Plague in India, 1896, 1897 - Volume 2
Year: 1896
Disease focus: Plague
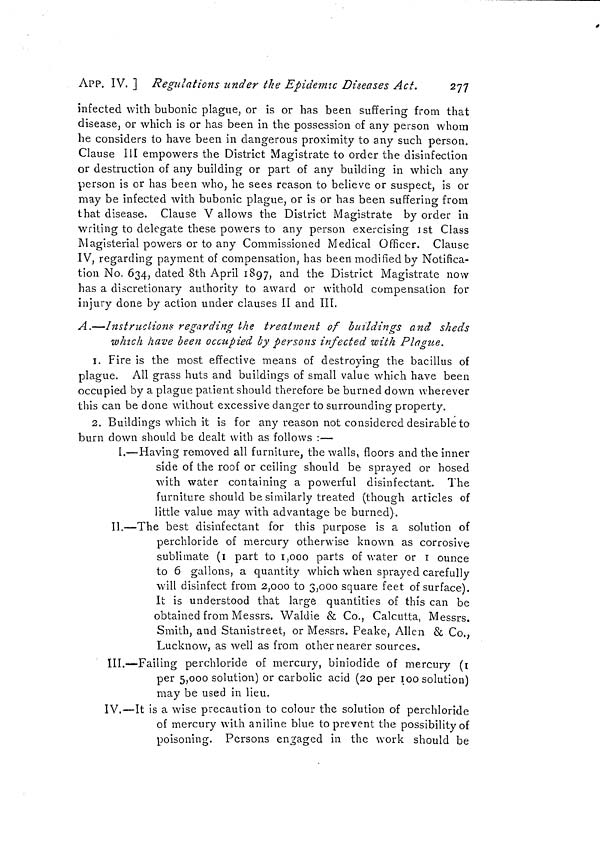
APP. IV. ] Regulations under the Epidemic Diseases Act.
277
infected with bubonic plague, or is or has been suffering from that
disease, or which is or has been in the possession of any person whom
he considers to have been in dangerous proximity to any such person.
Clause III empowers the District Magistrate to order the disinfection
or destruction of any building or part of any building in which any
person is or has been who, he sees reason to believe or suspect, is or
may be infected with bubonic plague, or is or has been suffering from
that disease. Clause V allows the District Magistrate by order in
writing to delegate these powers to any person exercising 1st Class
Magisterial powers or to any Commissioned Medical Officer. Clause
IV, regarding payment of compensation, has been modified by Notifica-
tion No. 634, dated 8th April 1897, and the District Magistrate now
has a discretionary authority to award or withold compensation for
injury done by action under clauses II and III.
A.—Instructions regarding the treatment of buildings and sheds
which have been occupied by persons infected with Plague.
1. Fire is the most effective means of destroying the bacillus of
plague. All grass huts and buildings of small value which have been
occupied by a plague patient should therefore be burned down wherever
this can be done without excessive danger to surrounding property.
2. Buildings which it is for any reason not considered desirable to
burn down should be dealt with as follows :—
I.—Having removed all furniture, the walls, floors and the inner
side of the roof or ceiling should be sprayed or hosed
with water containing a powerful disinfectant. The
furniture should be similarly treated (though articles of
little value may with advantage be burned).
II.—The best disinfectant for this purpose is a solution of
perchloride of mercury otherwise known as corrosive
sublimate (i part to 1,000 parts of water or I ounce
to 6 gallons, a quantity which when sprayed carefully
will disinfect from 2,000 to 3,000 square feet of surface).
It is understood that large quantities of this can be
obtained from Messrs. Waldie & Co., Calcutta, Messrs.
Smith, and Stanistreet, or Messrs. Peake, Allen & Co.,
Lucknow, as well as from other nearer sources.
III.—Failing perchloride of mercury, biniodide of mercury (i
per 5,000 solution) or carbolic acid (20 per 100 solution)
may be used in lieu.
IV.—It is a wise precaution to colour the solution of perchloride
of mercury with aniline blue to prevent the possibility of
poisoning. Persons engaged in the work should be